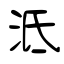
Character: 泜